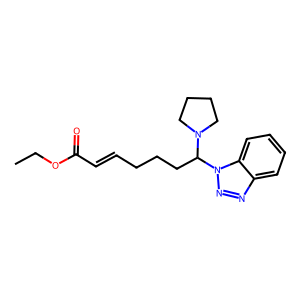
SMILES: CCOC(=O)C=CCCCC(N1CCCC1)n1nnc2ccccc21
Inhibits HIV replication: No